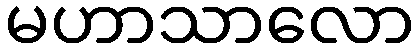
မဟာသာလော